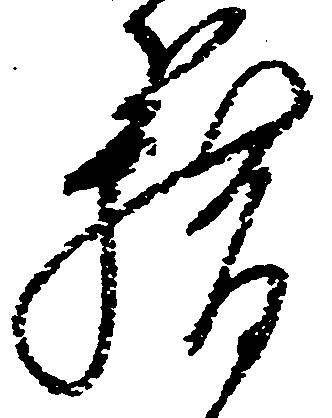
籍